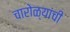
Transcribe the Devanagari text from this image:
चारोळ्यांची